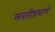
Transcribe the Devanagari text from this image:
सवडीप्रमाणे